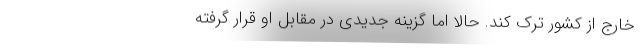
خارج از کشور ترک کند. حالا اما گزینه جدیدی در مقابل او قرار گرفته